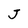
Character: J